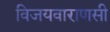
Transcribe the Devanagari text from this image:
विजयवाराणसी